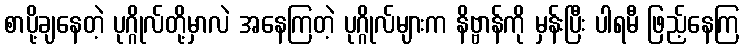
စာပို့ချနေတဲ့ ပုဂ္ဂိုလ်တို့မှာလဲ အနေကြတဲ့ ပုဂ္ဂိုလ်များက နိဗ္ဗာန်ကို မှန်းပြီး ပါရမီ ဖြည့်နေကြ